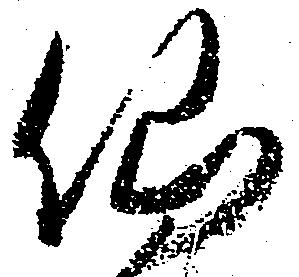
仙